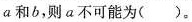
a 和 b，则 a 不可能为( )。